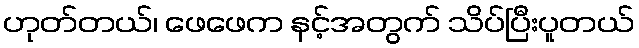
ဟုတ်တယ်၊ ဖေဖေက နင့်အတွက် သိပ်ပြီးပူတယ်